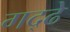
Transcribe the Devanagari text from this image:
गद्ढे